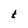
Character: t